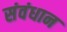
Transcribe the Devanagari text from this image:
संवंधान